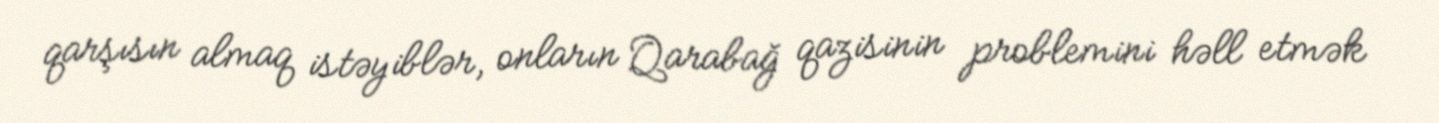
qarşısın almaq istəyiblər, onların Qarabağ qazisinin problemini həll etmək